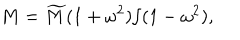
M = \widetilde { M } ( 1 + \omega ^ { 2 } ) / ( 1 - \omega ^ { 2 } ) ,